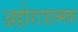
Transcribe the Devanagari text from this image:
अहोरात्रात्मक